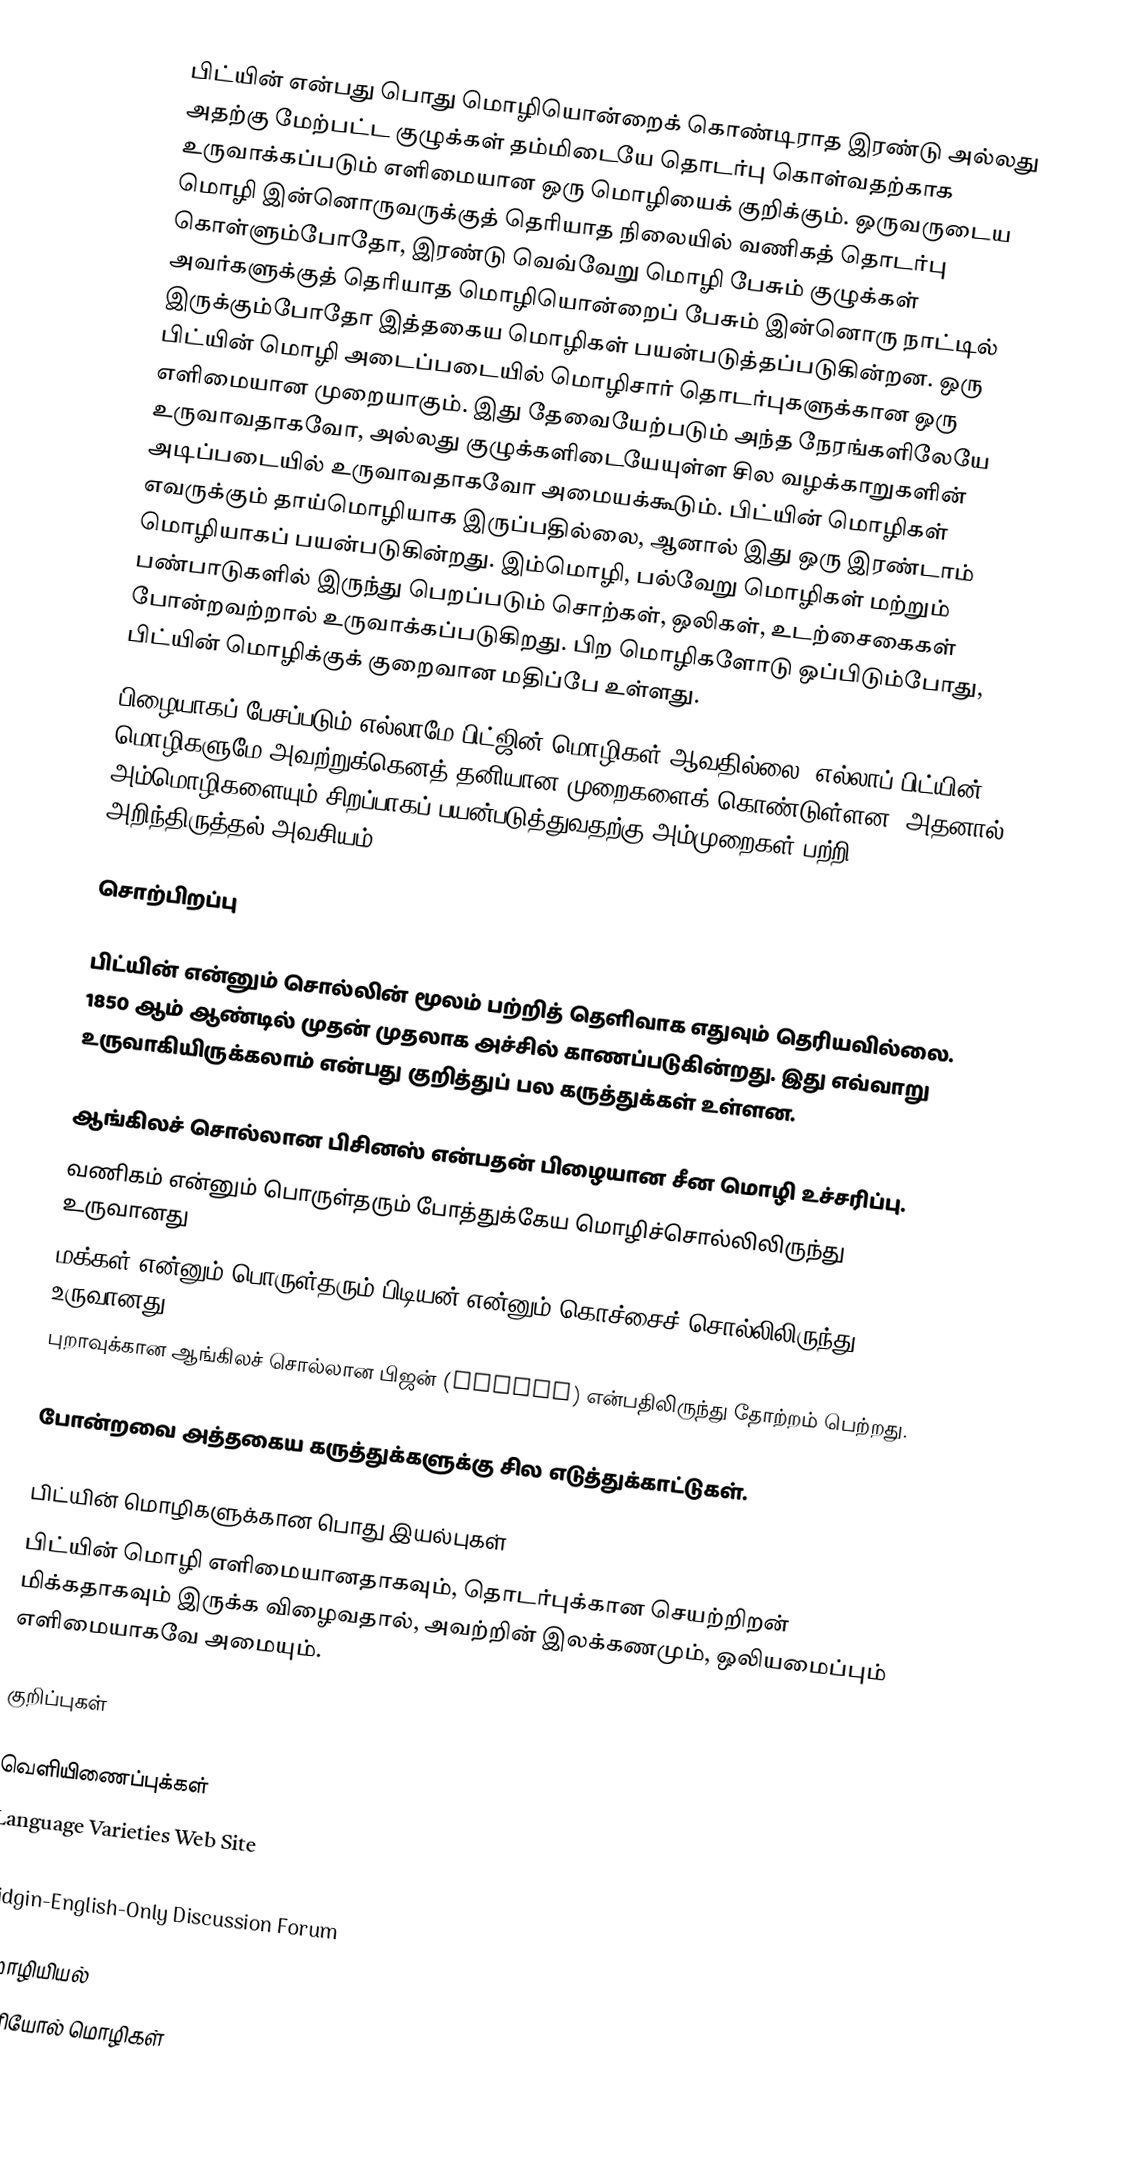
பிட்யின் என்பது பொது மொழியொன்றைக் கொண்டிராத இரண்டு அல்லது அதற்கு மேற்பட்ட குழுக்கள் தம்மிடையே தொடர்பு கொள்வதற்காக உருவாக்கப்படும் எளிமையான ஒரு மொழியைக் குறிக்கும். ஒருவருடைய மொழி இன்னொருவருக்குத் தெரியாத நிலையில் வணிகத் தொடர்பு கொள்ளும்போதோ, இரண்டு வெவ்வேறு மொழி பேசும் குழுக்கள் அவர்களுக்குத் தெரியாத மொழியொன்றைப் பேசும் இன்னொரு நாட்டில் இருக்கும்போதோ இத்தகைய மொழிகள் பயன்படுத்தப்படுகின்றன. ஒரு பிட்யின் மொழி அடைப்படையில் மொழிசார் தொடர்புகளுக்கான ஒரு எளிமையான முறையாகும். இது தேவையேற்படும் அந்த நேரங்களிலேயே உருவாவதாகவோ, அல்லது குழுக்களிடையேயுள்ள சில வழக்காறுகளின் அடிப்படையில் உருவாவதாகவோ அமையக்கூடும். பிட்யின் மொழிகள் எவருக்கும் தாய்மொழியாக இருப்பதில்லை, ஆனால் இது ஒரு இரண்டாம் மொழியாகப் பயன்படுகின்றது. இம்மொழி, பல்வேறு மொழிகள் மற்றும் பண்பாடுகளில் இருந்து பெறப்படும் சொற்கள், ஒலிகள், உடற்சைகைகள் போன்றவற்றால் உருவாக்கப்படுகிறது. பிற மொழிகளோடு ஒப்பிடும்போது, பிட்யின் மொழிக்குக் குறைவான மதிப்பே உள்ளது.
பிழையாகப் பேசப்படும் எல்லாமே பிட்ஜின் மொழிகள் ஆவதில்லை. எல்லாப் பிட்யின் மொழிகளுமே அவற்றுக்கெனத் தனியான முறைகளைக் கொண்டுள்ளன. அதனால் அம்மொழிகளையும் சிறப்பாகப் பயன்படுத்துவதற்கு அம்முறைகள் பற்றி அறிந்திருத்தல் அவசியம்.

சொற்பிறப்பு

பிட்யின் என்னும் சொல்லின் மூலம் பற்றித் தெளிவாக எதுவும் தெரியவில்லை. 1850 ஆம் ஆண்டில் முதன் முதலாக அச்சில் காணப்படுகின்றது. இது எவ்வாறு உருவாகியிருக்கலாம் என்பது குறித்துப் பல கருத்துக்கள் உள்ளன.

 ஆங்கிலச் சொல்லான பிசினஸ் என்பதன் பிழையான சீன மொழி உச்சரிப்பு.
 வணிகம் என்னும் பொருள்தரும் போத்துக்கேய மொழிச்சொல்லிலிருந்து உருவானது
 மக்கள் என்னும் பொருள்தரும் பிடியன் என்னும் கொச்சைச் சொல்லிலிருந்து உருவானது.
 புறாவுக்கான ஆங்கிலச் சொல்லான பிஜன் (pigeon) என்பதிலிருந்து தோற்றம் பெற்றது.

போன்றவை அத்தகைய கருத்துக்களுக்கு சில எடுத்துக்காட்டுகள்.

பிட்யின் மொழிகளுக்கான பொது இயல்புகள்
பிட்யின் மொழி எளிமையானதாகவும், தொடர்புக்கான செயற்றிறன் மிக்கதாகவும் இருக்க விழைவதால், அவற்றின் இலக்கணமும், ஒலியமைப்பும் எளிமையாகவே அமையும்.

குறிப்புகள்

வெளியிணைப்புக்கள்
Language Varieties Web Site

Pidgin-English-Only Discussion Forum

மொழியியல்
கிரியோல் மொழிகள்